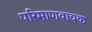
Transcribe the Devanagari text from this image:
परिमाणवाचक